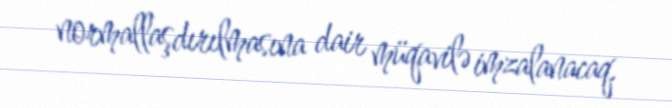
normallaşdırılmasına dair müqavilə imzalanacaq.